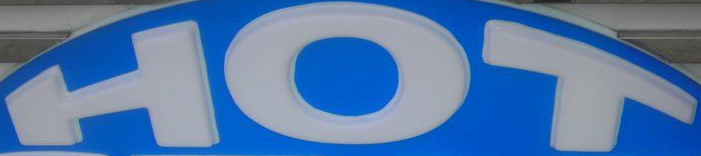
HOT